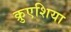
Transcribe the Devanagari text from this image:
क्रुएशिया